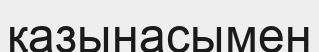
қазынасымен